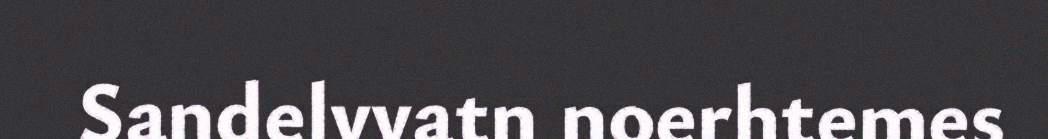
Sandelvvatn noerhtemes